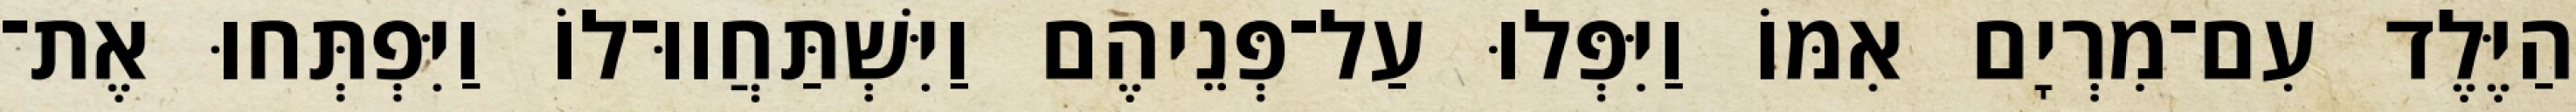
הַיֶּלֶד עִם־מִרְיָם אִמּוֹ וַיִּפְּלוּ עַל־פְּנֵיהֶם וַיִּשְׁתַּחֲווּ־לוֹ וַיִּפְתְּחוּ אֶת־